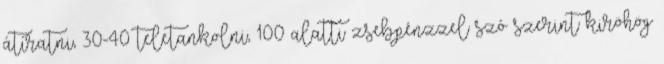
átíratni, 30-40 teletankolni, 100 alatti zsebpénzzel szó szerint kiröhög